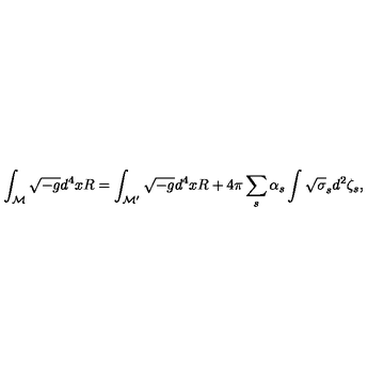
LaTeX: \int _ { \cal M } \sqrt { - g } d ^ { 4 } x R = \int _ { \cal M ^ { \prime } } \sqrt { - g } d ^ { 4 } x R + 4 \pi \sum _ { s } \alpha _ { s } \int \sqrt { \sigma } _ { s } d ^ { 2 } \zeta _ { s } ,